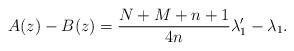
\begin{gather*} A(z) -B(z)=\frac{N+M+n+1}{4n}\lambda _{1}^{\prime }-\lambda _{1}.\end{gather*}